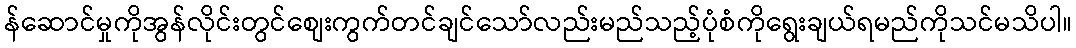
န်ဆောင်မှုကိုအွန်လိုင်းတွင်စျေးကွက်တင်ချင်သော်လည်းမည်သည့်ပုံစံကိုရွေးချယ်ရမည်ကိုသင်မသိပါ။